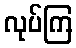
လုပ်ကြ